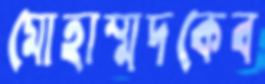
মোহাম্মদকেব